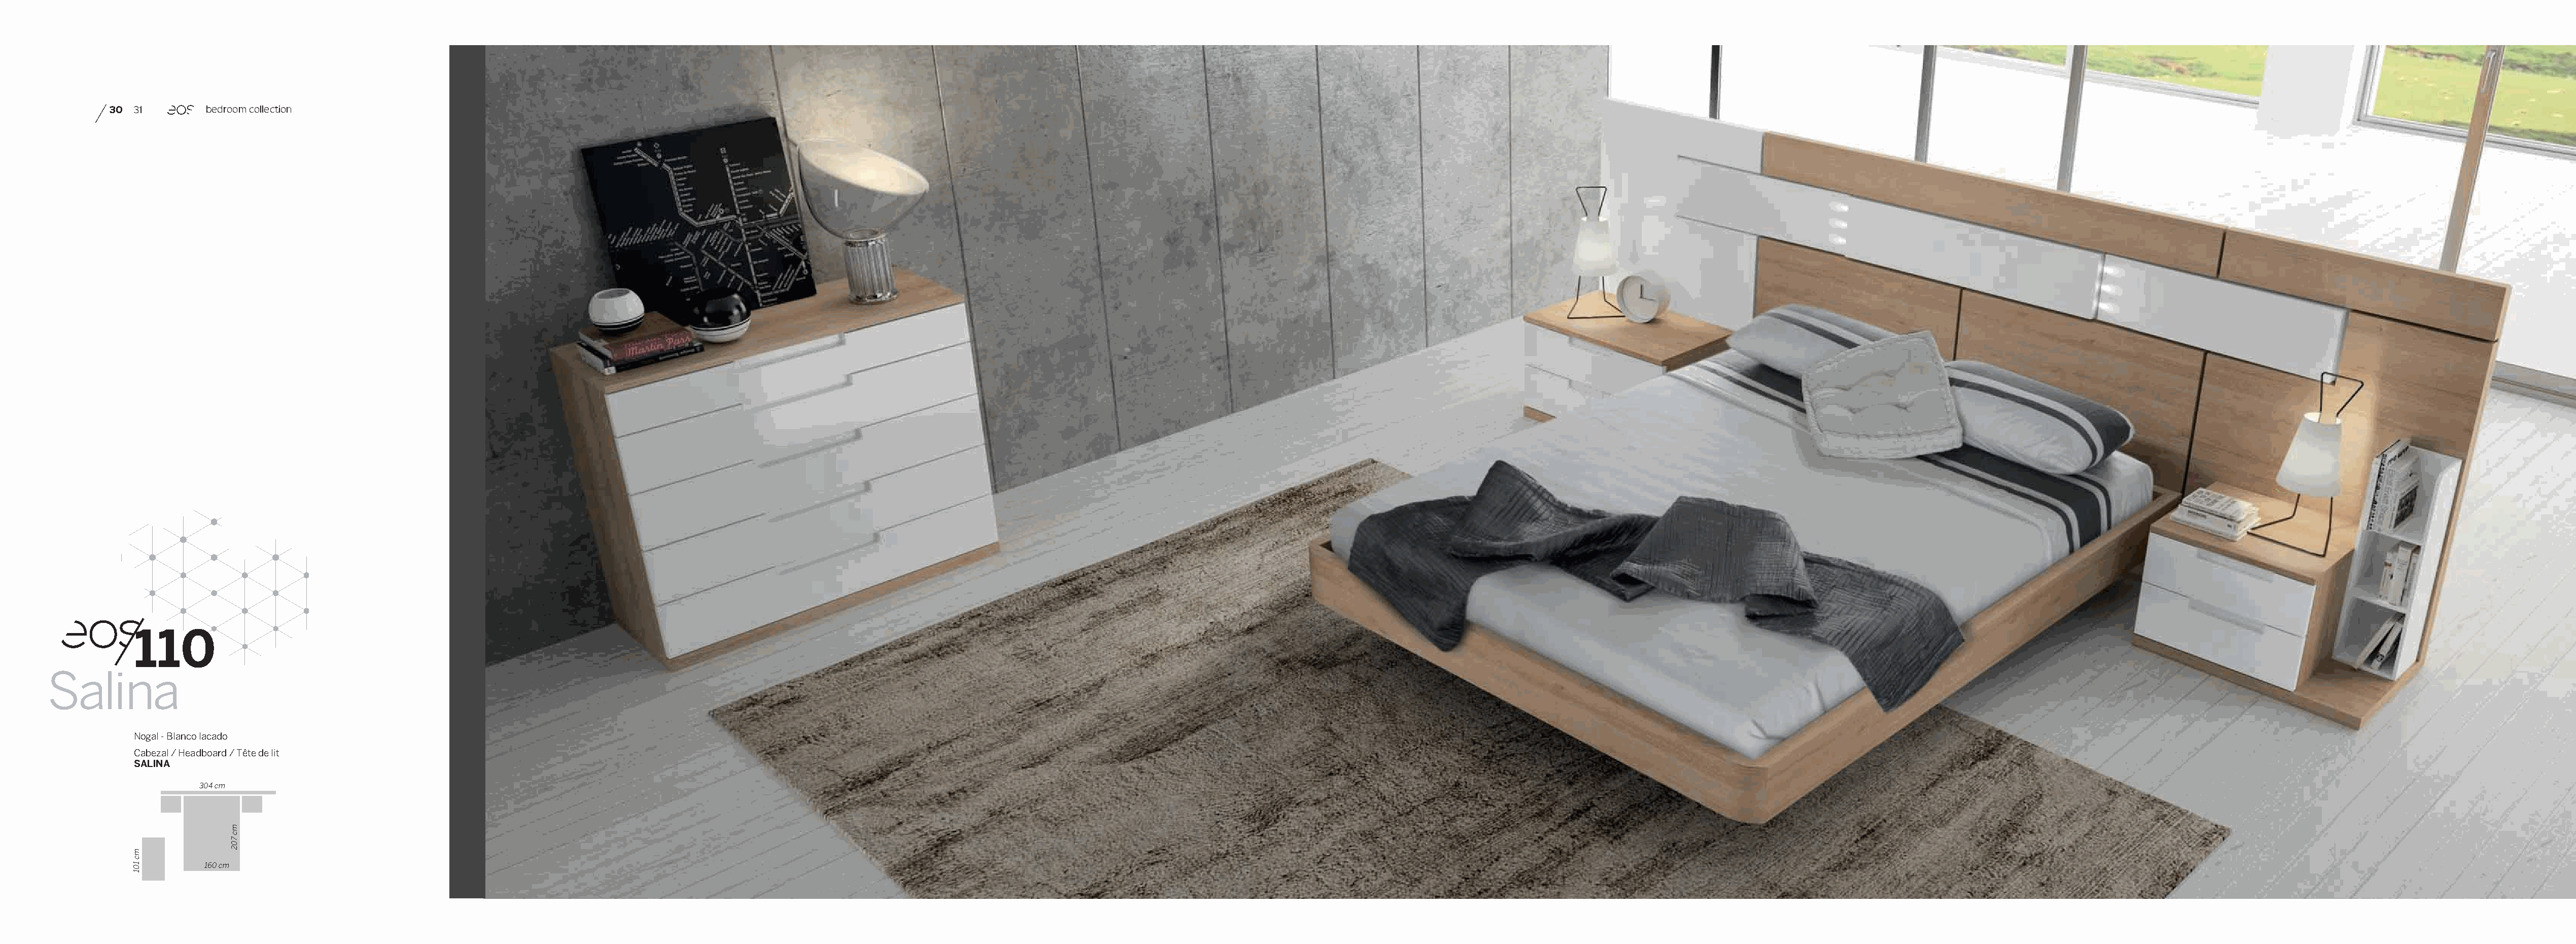
30 31        bedroom collection
 110
 Salina
 Nogal - Blanco lacado
 Cabezal / Headboard / Tête de lit
 SALINA
 304 cm
 160 cm
 mc
 101
 mc
 702